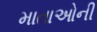
માતાઓની